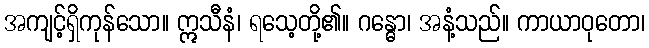
အကျင့်ရှိကုန်သော။ ဣသီနံ၊ ရသေ့တို့၏။ ဂန္ဓော၊ အနံ့သည်။ ကာယာဝုတော၊